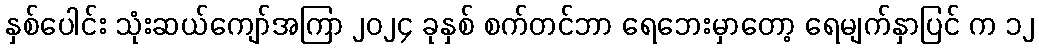
နှစ်ပေါင်း သုံးဆယ်ကျော်အကြာ ၂၀၂၄ ခုနှစ် စက်တင်ဘာ ရေဘေးမှာတော့ ရေမျက်နှာပြင် က ၁၂